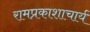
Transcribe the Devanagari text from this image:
रामप्रकाशाचार्य